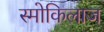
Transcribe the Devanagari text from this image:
स्मोकिलाज